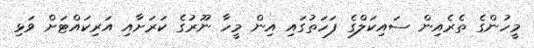
މީހުންގެ ތެރެއިން ސައިކަލްގެ ފަހަތުގައި އިން މީހާ ނޫރުގެ ކަރަށާއި އަރިކައްޓަށް ވަޅި